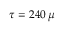
\tau = 2 4 0 \, \mu